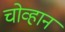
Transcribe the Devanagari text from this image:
चोव्हान